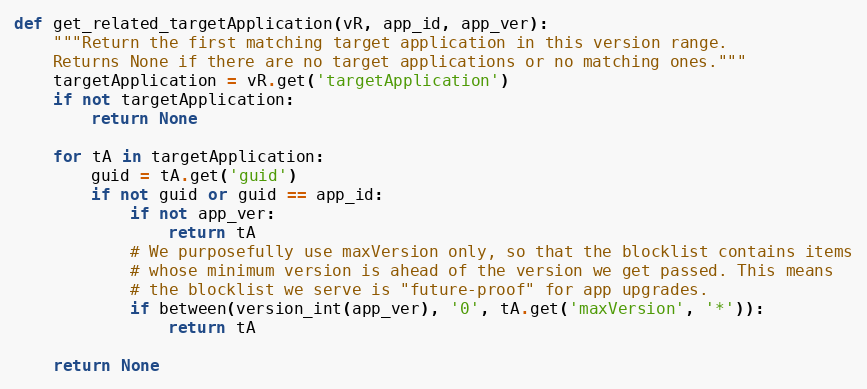
Language: Python
def get_related_targetApplication(vR, app_id, app_ver):
    """Return the first matching target application in this version range.
    Returns None if there are no target applications or no matching ones."""
    targetApplication = vR.get('targetApplication')
    if not targetApplication:
        return None

    for tA in targetApplication:
        guid = tA.get('guid')
        if not guid or guid == app_id:
            if not app_ver:
                return tA
            # We purposefully use maxVersion only, so that the blocklist contains items
            # whose minimum version is ahead of the version we get passed. This means
            # the blocklist we serve is "future-proof" for app upgrades.
            if between(version_int(app_ver), '0', tA.get('maxVersion', '*')):
                return tA

    return None